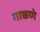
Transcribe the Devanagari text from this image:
गाळणे